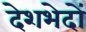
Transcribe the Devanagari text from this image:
देशभेदों